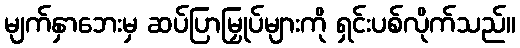
မျက်နှာဘေးမှ ဆပ်ပြာမြှုပ်များကို ရှင်းပစ်လိုက်သည်။